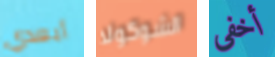
أبعدي الشوكولا أخفي